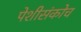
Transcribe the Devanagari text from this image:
पेशीसंकोच